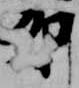
卯